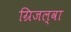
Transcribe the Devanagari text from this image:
ग्रिजल्वा